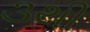
૩થી